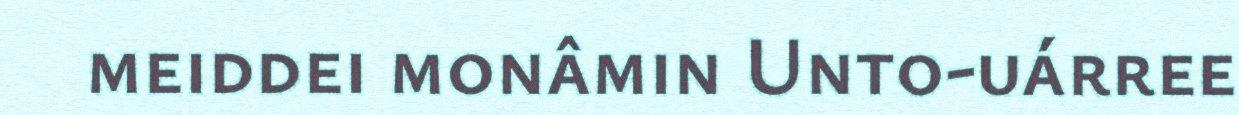
meiddei monâmin Unto-uárree